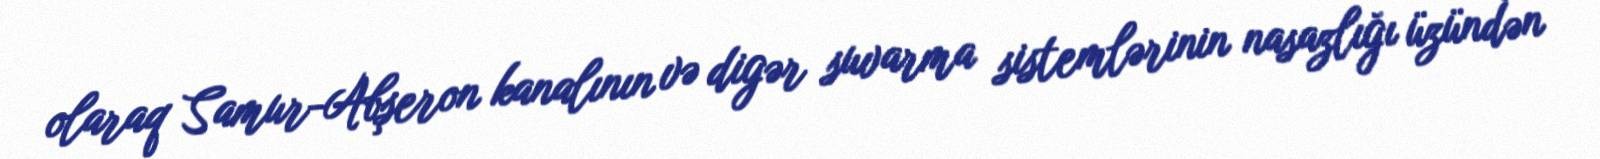
olaraq Samur-Abşeron kanalının və digər suvarma sistemlərinin nasazlığı üzündən